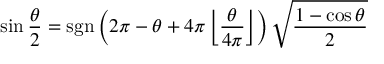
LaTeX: \sin { \frac { \theta } { 2 } } = \operatorname { s g n } \left( 2 \pi - \theta + 4 \pi \left\lfloor { \frac { \theta } { 4 \pi } } \right\rfloor \right) { \sqrt { \frac { 1 - \cos \theta } { 2 } } }